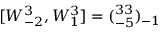
[ W _ { - 2 } ^ { 3 } , W _ { 1 } ^ { 3 } ] = ( \O _ { - 5 } ^ { 3 3 } ) _ { - 1 }